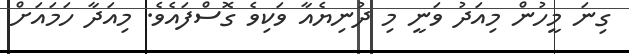
ގިނަ މީހުން މިއަދު ވަނީ މި ދުނިޔެއާ ވަކިވެ ގޮސްފައެވެ. މިއަދާ ހަމައަށް